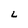
Character: L